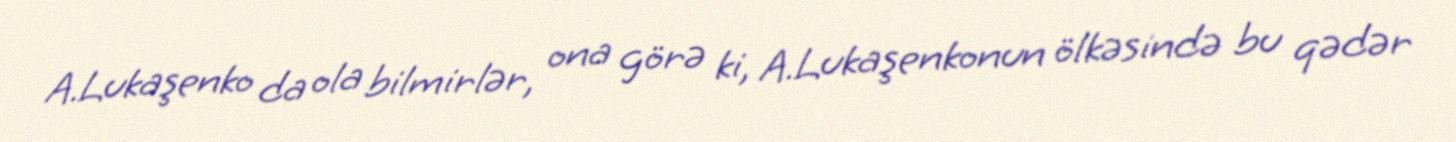
A.Lukaşenko da ola bilmirlər, ona görə ki, A.Lukaşenkonun ölkəsində bu qədər